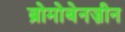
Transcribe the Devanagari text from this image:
ब्रोमोबेनज़ीन